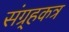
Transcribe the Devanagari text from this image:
संग्र्हकत्र